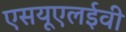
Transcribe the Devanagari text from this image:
एसयूएलईवी